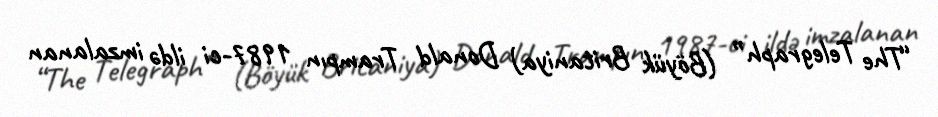
“The Telegraph” (Böyük Britaniya) Donald Trampın 1987-ci ildə imzalanan